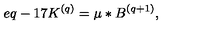
e q - 1 7 K ^ { ( q ) } = \mu \ast B ^ { ( q + 1 ) } ,